Lunatic asylums Punjab 1881-1894 - 1881-1894
Year: 1881
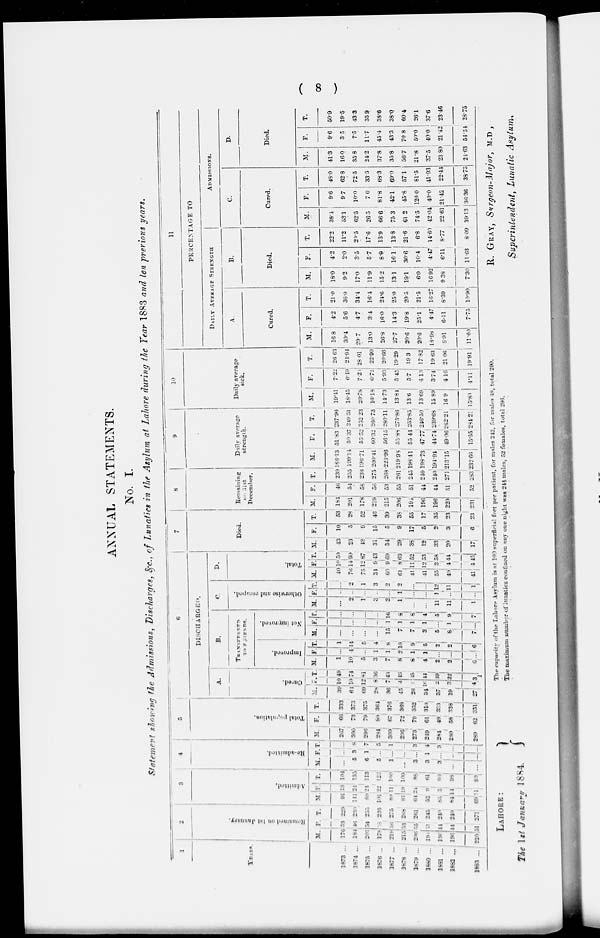
( 8 )
ANNUAL STATEMENTS.
No. I.
Statement showing the Admissions, Discharges, &c., of Lunatics in the Asylum at Lahore during the Year 1883 and ten previous years.
1
YEARS.
1873 ...
1874 ...
1875 ...
1876 ..
1877 ...
1878 ...
1879 ...
1880 ...
1881 ...
1882 ...
1883 ...
2
Remained on 1st January.
M.
170
184
201
178
219
215
206
194
196
136
220
F.
53
46
54
78
56
53
55
51
44
44
51
T.
229
230
255
236
275
268
261
245
240
240
271
3
Admitted.
M.
91
111
89
101
89
81
64
52
85
841
69
F.
13
24
24
22
11
9
24
9
5
14t
11
T.
104
135
113
123
100
100
86
61
99
98 .
30
4
Re-admitted.
M.
...
5
6
5
1
...
3
3
3
... ...
F.
...
3
1
...
...
... ...
...
...
...
...
T.
...
8
7
5
1
...
3
...
3
...
...
5
Total population.
M.
267
300
296
284
309
296
273
249
284
280
289
F.
66
73
79
80
67
72
79
61
49
58
62
T.
333
373
375
364
376
368
352
310
333
338
351
6
DISCHARGED.
A.
Cured.
M.
39
64
69
28
36
45
26
34
37
19
27
F.
10
10
12
8
7
4
9
10
2
3
4
T.
49
74
81
36
43
49
45
14
19 22
3
B.
TRANSFERED
TO FRIENDS.
Improved.
M.
1
10
5
3
7
8
8
4
2
2
6
F.
...
4
...
1
1
2
1
1
...
...
...
T.
1
14
5
4
8
10
9
5
2
2
6
Not improved.
M.
...
...
...
...
15
7
7
3
5
8
7
...
...
...
...
1
1
1
1
...
1
...
T.
...
...
...
...
16
8
8
4
5
9
7
C.
Otherwise and escaped.
M.
...
2
1
3
2
1
...
...
11
11
1
F.
...
...
...
..
...
1
...
...
1
...
...
T.
...
2
1
3
2
2
...
...
12
11
1
D.
Total.
M.
40
76
75
34
60
61
41
41
55
40
41
F.
10
14
12
9
9
8
11
12
8
4
4
T.
50
90
87
13
69
69
52
53
58
44
45
7
Died.
M.
43
23
43
31
34
29
33
12
33
20
17
F.
10
5
9
15
5
9
17
5
2
3
6
T.
53
28
52
46
39
38
55
17
35
23
23
8
Remaining
on 31st
December.
M.
184
201
178
219
215
206
194
196
196
220
231
F.
46
54
58
56
53
55
51
44
44
51
52
T.
230
255
236
275
268
261
245
240
240
271
283
9
Daily average
strength.
M.
186.13
199.14
196.71
200.41
223.96
19.98
198.41
98.73
194.94
213.15
232.66
F.
51.83
50.37
55.52
60.32
56.15
55.88
55.44
47.77
44.74
49.06
15.55
T.
237.96
249.51
252.23
260.73
280.11
275.86
253.85
246.50
239.68
262.21
284.21
10
Daily average
sick.
M.
19.41
18.45
20.78
16.18
14.73
13.81
13.6
13.69
15 89
16 9
15.80
F.
7.22
6.49
7.23
6.72
5.93
5.45
5.7
4.13
3.74
4.16
4.11
T.
26. 63
24.94
28.01
22.90
20.66
19.29
19.3
17.82
1963
21 06
19.91
11
PERCENTAGE TO
DAILY
AVERAGE
STRENGH
A.
Cured.
M.
16.8
30.4
297
13.0
26.8
27.7
20.6
20.6
18.98
8.91
11.60
F.
4.2
5.6
4.7
3.4
16.0
14.3
198
25.1
4.47
6.11
7.75
T.
21.0
36.0
34.4
16.4
24.6
25.0
205
21.5
16.27
8.39
10.90
B.
Died.
M.
18.0
9.2
17.0
11.9
15.2
13.1
19.1
6.0
16.92
9 .38
7.30
F.
4.2
2.0
3.5
5.7
8.9
16.1
30.6
10.4
4.47
6.11
11.63
T.
22.2
11.2
20.5
17.6
13.9
13.8
21.6
6.8
14.60
8.77
8.09
ADMISSIONS.
C.
Cured.
M.
38.1
53.1
62.5
26.5
66.6
75.3
61.2
74.5
42.04
22.61
39.13
F.
9.6
9.7
10.0
7.0
81.8
42.1
45.8
120. 0
40.0
21.42
36.36
T.
48.0
62.8
72.5
33.5
68.3
69.0
57.1
81.5
41.93
22.44
38.75
D.
Died.
M.
41.3
16 .0
35.8
24.2
37.8
35.8
56.7
21.8
37.5
23 .80
24.63
F.
9.6
3.5
7.5
11.7
45.4
43.3
70. 8
50.0
40.0
21.42
54.54
T.
50.9
19.5
43.3
35.9
38.6
38.0
60.4
26.1
37.6
23.46
28.75
LAHORE :
The 1st January 1884.
The capacity of the Lahore Asylum is at 100 superficial feet per patient, for males 242, for males 43, total 290.
The maximum number of lunatics confined on any one night was 244 males, 52 females, total 296.
R. GRAY, Surgeon-Major, M.D ,
Superintendent, Lunatic Asylum.